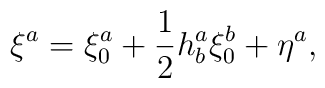
\xi ^{a}=\xi _{0}^{a}+\frac{1}{2}h_{b}^{a}\xi _{0}^{b}+\eta ^{a},